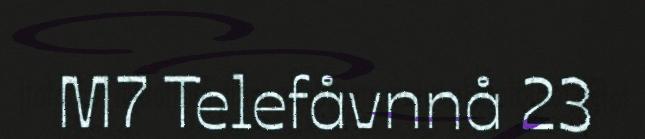
M7 Telefåvnnå 23